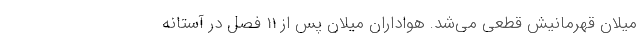
میلان قهرمانیش قطعی می‌شد. هواداران میلان پس از 11 فصل در آستانه